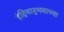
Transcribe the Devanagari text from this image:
इंद्रियानुभवाच्या